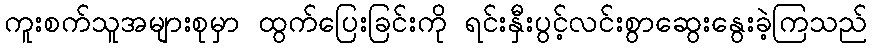
ကူးစက်သူအများစုမှာ ထွက်ပြေးခြင်းကို ရင်းနှီးပွင့်လင်းစွာဆွေးနွေးခဲ့ကြသည်